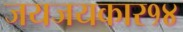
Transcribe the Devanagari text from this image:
जयजयकार१४